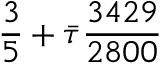
\frac { 3 } { 5 } + \Bar { \tau } \frac { 3 4 2 9 } { 2 8 0 0 }